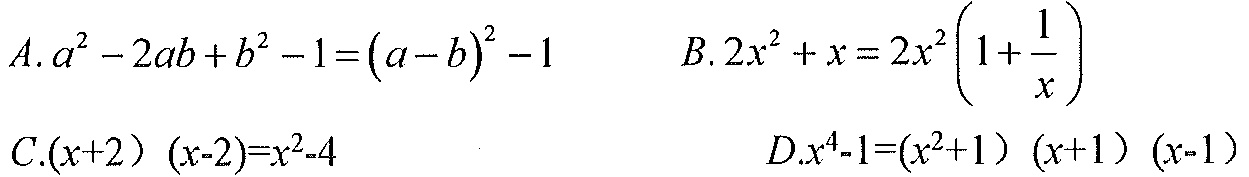
$A. a^{2}-2ab + b^{2}-1=(a - b)^{2}-1\quad B.2x^{2}+x = 2x^{2}\left(1+\frac{1}{x}\right)$
$C.(x + 2）(x - 2)=x^{2}-4\quad D.x^{4}-1=(x^{2}+1）(x + 1）(x - 1)$